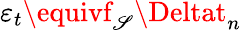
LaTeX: \varepsilon_{t}\equivf_{\mathscr{S}}\Deltat_{n}